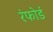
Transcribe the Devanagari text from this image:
रंफोर्ड